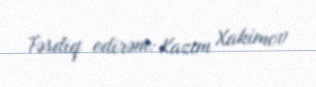
Təsdiq edirəm: Kazım Xakimov